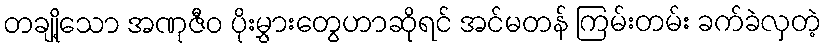
တချို့သော အဏုဇီဝ ပိုးမွှားတွေဟာဆိုရင် အင်မတန် ကြမ်းတမ်း ခက်ခဲလှတဲ့